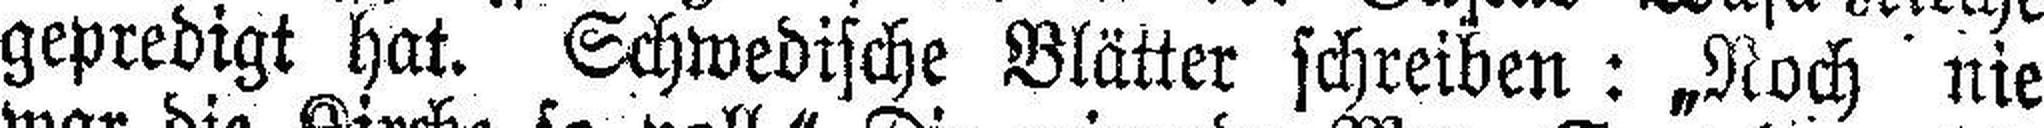
gepredigt hat. Schwedische Blätter schreiben: „Noch nie